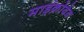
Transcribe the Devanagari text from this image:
माईक्रोवेव